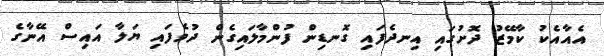
އެއާއެކު ކާމޭޒު ދޮށުގައި އިނދެފައި ގޮނޑިން ފުންމާލައިގެން ދުވެފައި ޔަލާ އައިސް އޭނާގެ